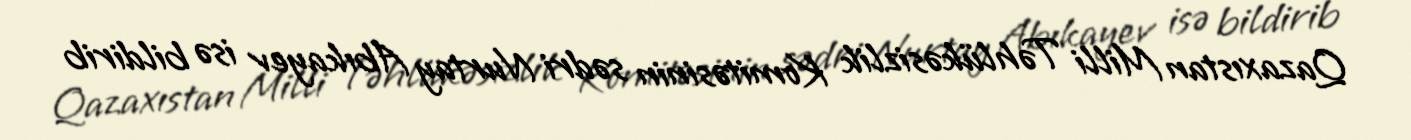
Qazaxıstan Milli Təhlükəsizlik Komitəsinin sədri Nurtay Abıkayev isə bildirib